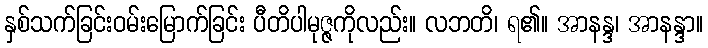
နှစ်သက်ခြင်းဝမ်းမြောက်ခြင်း ပီတိပါမုဇ္ဇကိုလည်း။ လဘတိ၊ ရ၏။ အာနန္ဒ၊ အာနန္ဒာ။